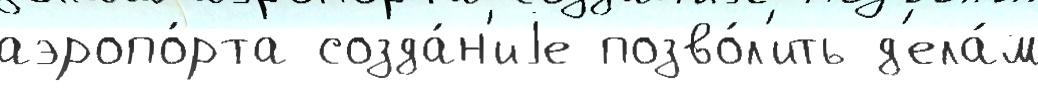
аэропо́рта созда́н'иjе позво́л'ить д'ела́м